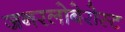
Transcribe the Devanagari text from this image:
जनरलोबेरोस्ट